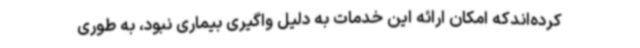
کرده‌اندکه امکان ارائه این خدمات به دلیل واگیری بیماری نبود، به طوری